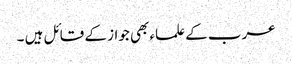
عرب کے علماء بھی جواز کے قائل ہیں ۔